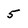
Character: 5